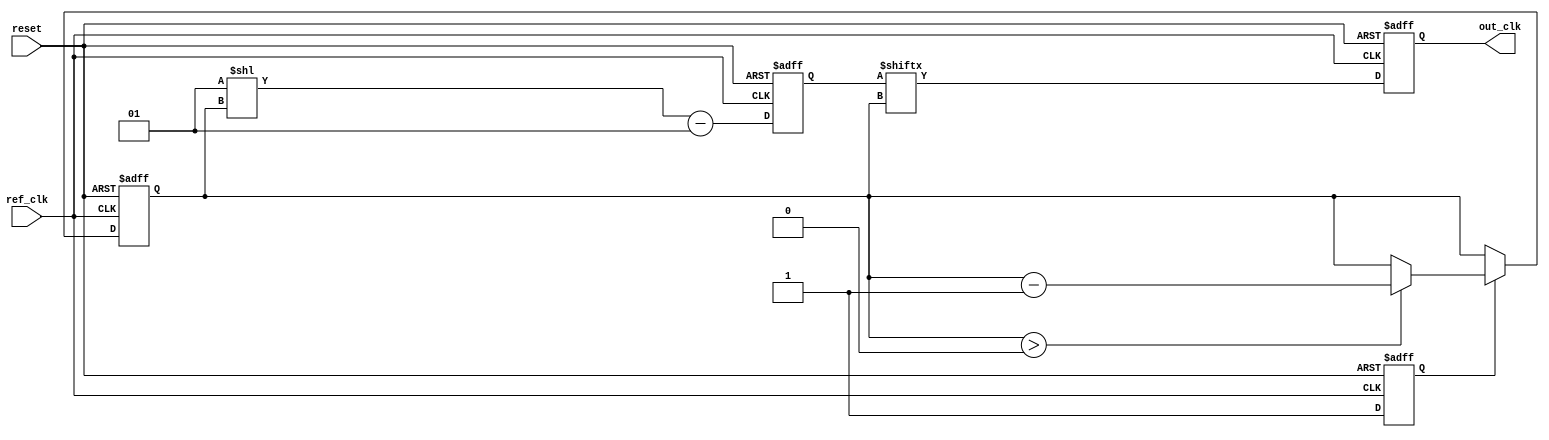
module dll (
    input wire ref_clk,          // Reference clock input
    input wire reset,            // Reset signal
    output reg out_clk           // Output clock signal
);

    // Parameters
    parameter NUM_DELAY_BLOCKS = 8; // Number of delay blocks
    parameter DELAY_STEP = 1;        // Each block delay step (in clock cycles)

    // Internal signals
    reg [NUM_DELAY_BLOCKS-1:0] delay_line; // Delay line control
    reg [3:0] delay_count;                  // Current delay count
    reg phase_error;                        // Phase error signal
    reg [3:0] phase_detect;                 // Phase detection result
    reg [3:0] feedback;                     // Feedback for delay adjustment

    // Phase Detector (PD)
    always @(posedge ref_clk or posedge reset) begin
        if (reset) begin
            phase_detect <= 0;
            phase_error <= 0;
        end else begin
            // Simple phase detection logic (assuming a basic implementation)
            // This can be replaced with a more sophisticated PD.
            if (out_clk) begin
                phase_detect <= 1; // Detected positive edge of out_clk
            end else begin
                phase_detect <= 0; // No edge detected
            end
            
            // Determine phase error (1 for advance, -1 for delay)
            phase_error <= (phase_detect == 1) ? 1 : -1;
        end
    end

    // Control Logic
    always @(posedge ref_clk or posedge reset) begin
        if (reset) begin
            delay_count <= 0;
            delay_line <= 0;
        end else begin
            // Adjust delay based on phase error
            if (phase_error == 1) begin
                // Advance the delay (reduce delay)
                if (delay_count > 0) begin
                    delay_count <= delay_count - 1;
                end
            end else if (phase_error == -1) begin
                // Delay the clock (increase delay)
                if (delay_count < NUM_DELAY_BLOCKS) begin
                    delay_count <= delay_count + 1;
                end
            end
            
            // Update delay line control
            delay_line <= (1 << delay_count) - 1; // Activate delay blocks
        end
    end

    // Delay Line Implementation (using a simple shift register for example)
    always @(posedge ref_clk or posedge reset) begin
        if (reset) begin
            out_clk <= 0;
        end else begin
            // Shift through delay line based on delay_count
            out_clk <= delay_line[delay_count];
        end
    end

endmodule